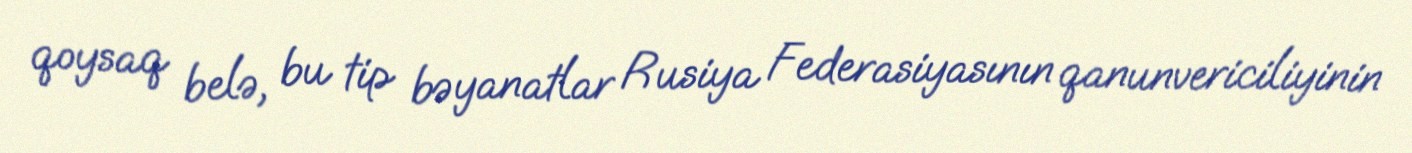
qoysaq belə, bu tip bəyanatlar Rusiya Federasiyasının qanunvericiliyinin